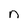
Character: n